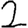
Digit: 2